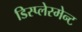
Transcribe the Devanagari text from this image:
डिस्प्लेस्मेन्ट